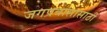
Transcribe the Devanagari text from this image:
जगप्रवासासाठी